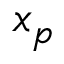
x _ { p }